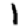
Digit: 1